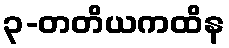
၃-တတိယကထိန